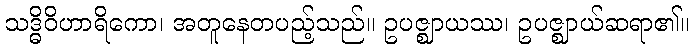
သဒ္ဓိဝိဟာရိကော၊ အတူနေတပည့်သည်။ ဥပဇ္ဈာယဿ၊ ဥပဇ္ဈာယ်ဆရာ၏။